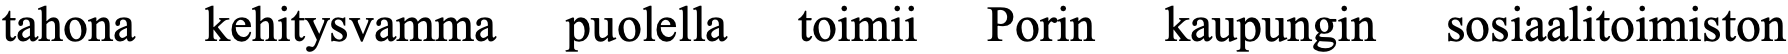
tahona kehitysvamma puolella toimii Porin kaupungin sosiaalitoimiston